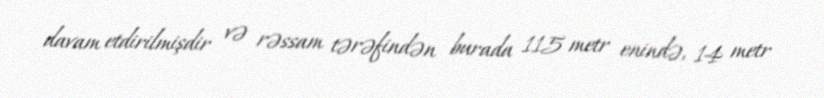
davam etdirilmişdir və rəssam tərəfindən burada 115 metr enində, 14 metr